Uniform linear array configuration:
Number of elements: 48
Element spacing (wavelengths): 0.5
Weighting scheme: blackman
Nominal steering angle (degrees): -30
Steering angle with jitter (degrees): -30.847
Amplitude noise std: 0.05
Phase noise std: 0.05

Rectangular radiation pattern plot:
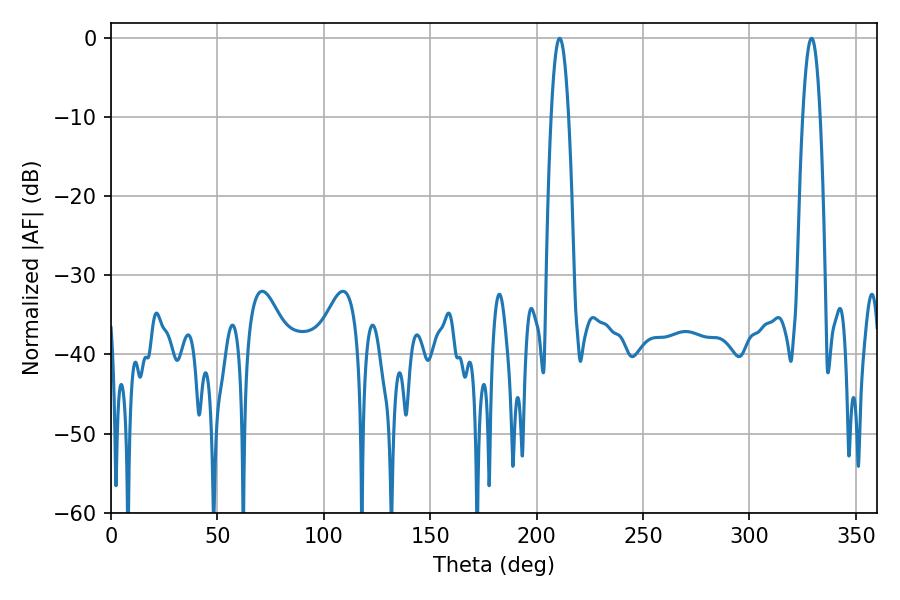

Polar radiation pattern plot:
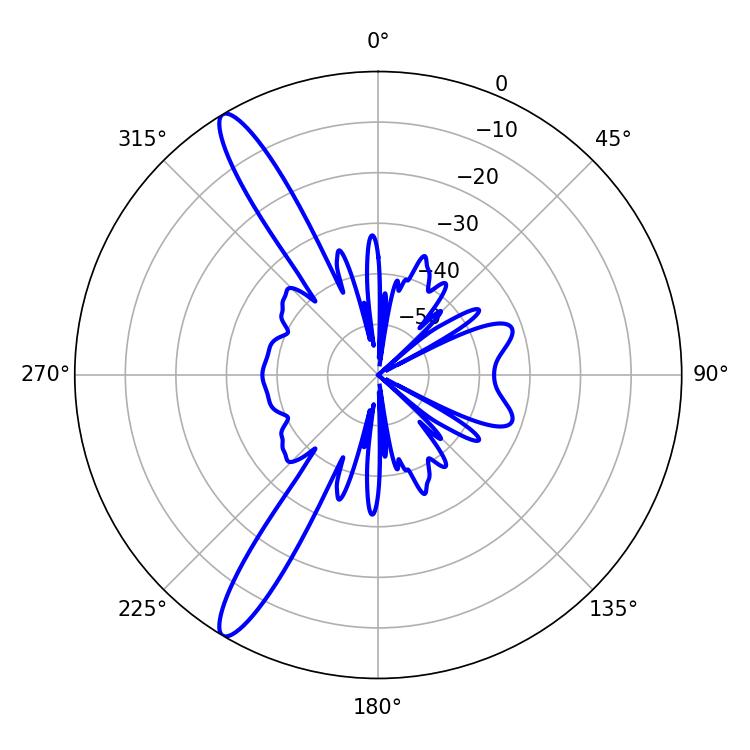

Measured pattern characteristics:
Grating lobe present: FALSE
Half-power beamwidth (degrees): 4.5
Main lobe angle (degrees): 210.78